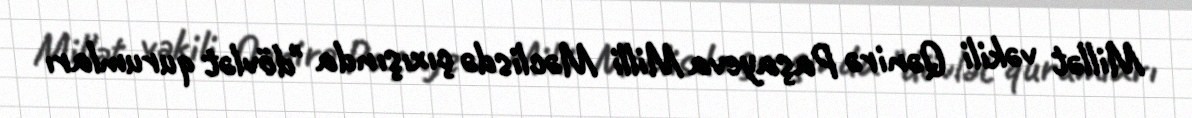
Millət vəkili Qənirə Paşayeva Milli Məclisdə çıxışında "dövlət qurumları